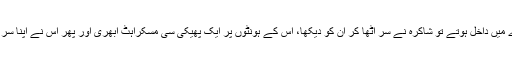
وہ کمرے میں داخل ہوتے تو شاکرہ نے سر اُٹھا کر اُن کو دیکھا، اُس کے ہونٹوں پر ایک پھیکی سی مسکراہٹ اُبھری اور پھر اُس نے اپنا سر جھکا لیا۔